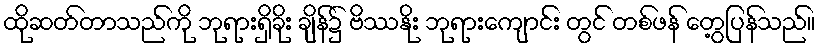
ထိုဆတ်တာသည်ကို ဘုရားရှိခိုး ချိန်၌ ဗိဿနိုး ဘုရားကျောင်း တွင် တစ်ဖန် တွေ့ပြန်သည်။